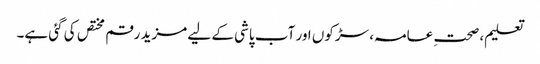
تعلیم، صحتِ عامہ، سڑکوں اور آب پاشی کے لیے مزید رقم مختص کی گئی ہے۔